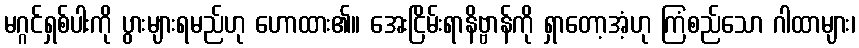
မဂ္ဂင်ရှစ်ပါးကို ပွားများရမည်ဟု ဟောထား၏။ အေးငြိမ်းရာနိဗ္ဗာန်ကို ရှာတော့အံ့ဟု ကြံစည်သော ဂါထာများ၊